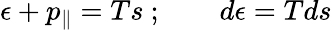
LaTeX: \epsilon+p_{\| }=Ts\ ;\qquad d\epsilon=Tds